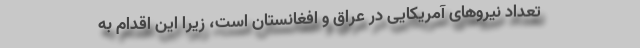
تعداد نیروهای آمریکایی در عراق و افغانستان است، زیرا این اقدام به